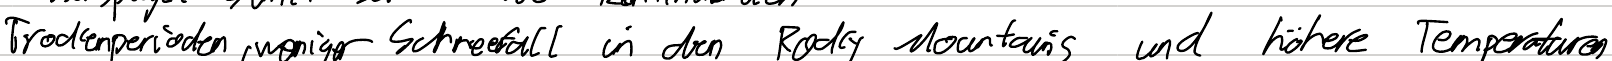
Trockenperioden, weniger Schneefall in den Rocky Mountains und höhere Temperaturen